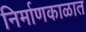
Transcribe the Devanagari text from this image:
निर्माणकाळात